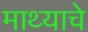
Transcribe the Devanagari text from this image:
माथ्याचे